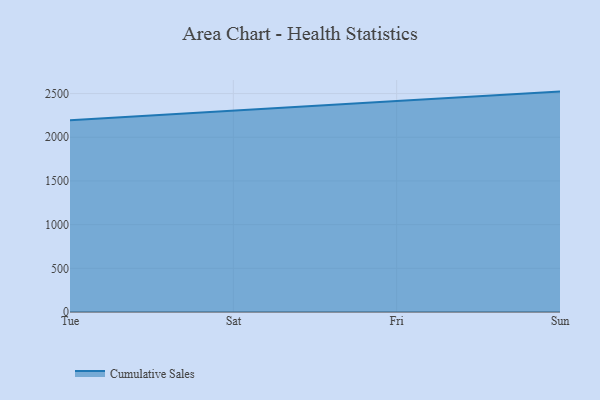
{"axis": {"x": "Day", "y": "Revenue (USD Million)"}, "legend": ["Cumulative Sales"], "data": [{"x": "Tue", "y": 2195.0, "type": "Cumulative Sales"}, {"x": "Sat", "y": 2309.1, "type": "Cumulative Sales"}, {"x": "Fri", "y": 2414.6, "type": "Cumulative Sales"}, {"x": "Sun", "y": 2522.4, "type": "Cumulative Sales"}]}